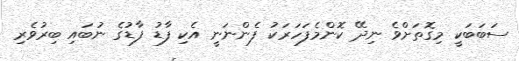
ސަބަބަކީ މިގޮތަށްވެ ނިދޭ ކޮންމެފަހަރަކު ފެންނަނީ އެކި ފާޑު ފާޑުގެ ނުބައި ބިރުވެރި